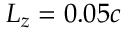
L _ { z } = 0 . 0 5 c